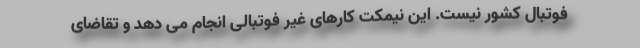
فوتبال کشور نیست. این نیمکت کارهای غیر فوتبالی انجام می دهد و تقاضای